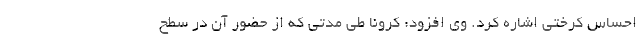
احساس کرختی اشاره کرد. وی افزود: کرونا طی مدتی که از حضور آن در سطح